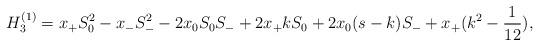
LaTeX: \begin{align*}H_{3}^{(1)}=x_{+}S_{0}^2 -x_{-}S_{-}^{2}-2x_0 S_0 S_{-}+2x_{+}kS_0+2x_0 (s-k)S_{-}+x_{+}(k^2 -\frac{1}{12}),\end{align*}